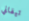
تيفاني